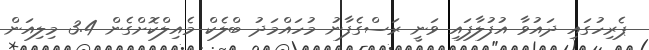
ޕެރިހުގައި ދައުވާ އުފުލާފައި ވަނީ ރަސްގެފާނު މުހައްމަދު ބްލެކް މެއިލްކޮށްގެން 3.4 މިލިއަން